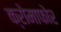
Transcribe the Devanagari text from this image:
क्रोमाफोर